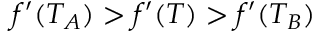
f ^ { \prime } ( T _ { A } ) > f ^ { \prime } ( T ) > f ^ { \prime } ( T _ { B } )